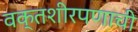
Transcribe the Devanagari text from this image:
वक्तशीरपणाची